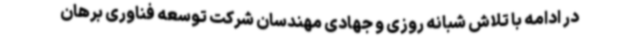
در ادامه با تلاش شبانه روزی و جهادی مهندسان شرکت توسعه فناوری برهان